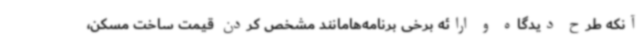
آنکه طرح دیدگاه و ارائه برخی برنامه‌هامانند مشخص کردن قیمت ساخت مسکن،